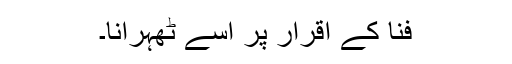
فنا کے اقرار پر اُسے ٹھہرانا۔